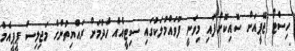
ހިސްޓޯ ޖޭޕީއަށް ސޮއިކޮށްފައި މިވަނީ ފުވައްމުލަކުގައި ސިޓީއެއް ހެދުމަށް ރައްޔިތުންގެ މަޖިލިސް ޕީޕީއެމް